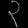
Digit: ၃